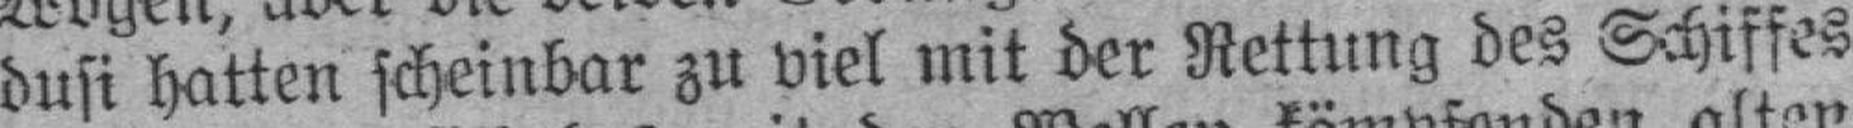
dusi hatten scheinbar zu viel mit der Rettung des Schiffes